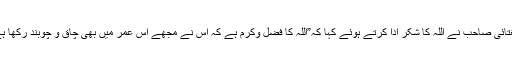
چغتائی صاحب نے اللہ کا شکر ادا کرتے ہوئے کہا کہ”اللہ کا فضل وکرم ہے کہ اس نے مجھے اس عمر میں بھی چاق و چوبند رکھا ہے۔